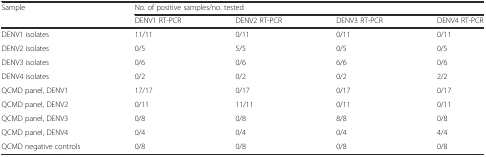
<table><thead><tr><td><b>Sample</b></td><td colspan="4"><b>No. of positive samples/no. tested</b></td></tr><tr><td>[EMPTY_CELL]</td><td><b>DENV1 RT-PCR</b></td><td><b>DENV2 RT-PCR</b></td><td><b>DENV3 RT-PCR</b></td><td><b>DENV4 RT-PCR</b></td></tr></thead><tbody><tr><td>DENV1 isolates</td><td>11/11</td><td>0/11</td><td>0/11</td><td>0/11</td></tr><tr><td>DENV2 isolates</td><td>0/5</td><td>5/5</td><td>0/5</td><td>0/5</td></tr><tr><td>DENV3 isolates</td><td>0/6</td><td>0/6</td><td>6/6</td><td>0/6</td></tr><tr><td>DENV4 isolates</td><td>0/2</td><td>0/2</td><td>0/2</td><td>2/2</td></tr><tr><td>QCMD panel, DENV1</td><td>17/17</td><td>0/17</td><td>0/17</td><td>0/17</td></tr><tr><td>QCMD panel, DENV2</td><td>0/11</td><td>11/11</td><td>0/11</td><td>0/11</td></tr><tr><td>QCMD panel, DENV3</td><td>0/8</td><td>0/8</td><td>8/8</td><td>0/8</td></tr><tr><td>QCMD panel, DENV4</td><td>0/4</td><td>0/4</td><td>0/4</td><td>4/4</td></tr><tr><td>QCMD negative controls</td><td>0/8</td><td>0/8</td><td>0/8</td><td>0/8</td></tr></tbody></table>